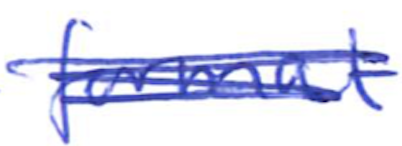
Text: format
Cross-out: scratch
Writing tool: ballpoint